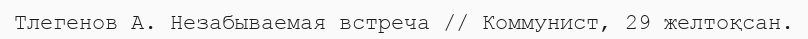
Тлегенов А. Незабываемая встреча // Коммунист, 29 желтоқсан.